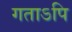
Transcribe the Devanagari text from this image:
गताऽपि